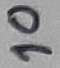
Text: 10